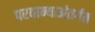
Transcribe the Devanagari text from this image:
परवान्याअंतर्गत